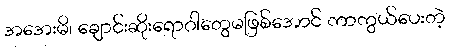
အအေးမိ၊ ချောင်းဆိုးရောဂါတွေမဖြစ်အောင် ကာကွယ်ပေးတဲ့